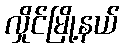
လှိုင်မြို့နယ်